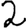
Digit: 2